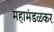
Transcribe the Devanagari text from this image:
महामंडळकर